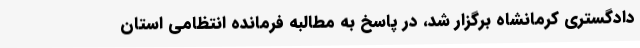
دادگستری کرمانشاه برگزار شد، در پاسخ به مطالبه فرمانده انتظامی استان